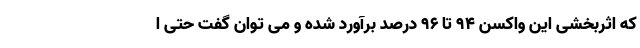
که اثربخشی این واکسن ۹۴ تا ۹۶ درصد برآورد شده و می توان گفت حتی ا